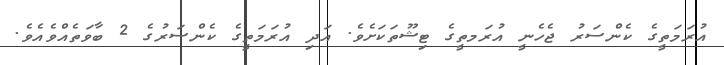
އުރަމަތީގެ ކެންސަރު ޖެހެނީ އުރަމތީގެ ޓިޝޫތަކަށެވެ. އަދި އުރަމަތީގެ ކެންސަރުގެ 2 ބާވަތެއްވެއެވެ.